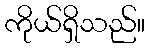
ကိုယ်ရှိသည်။